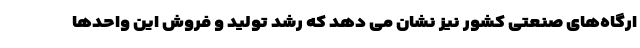
ارگاه‌های صنعتی کشور نیز نشان می دهد که رشد تولید و فروش این واحدها